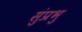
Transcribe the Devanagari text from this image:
सुंप्रभु